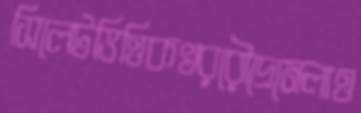
সিলেটভিত্তিকখররৌদ্রেমেলাও